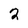
Character: 2